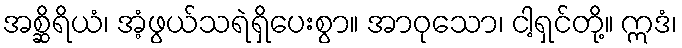
အစ္ဆိရိယံ၊ အံ့ဖွယ်သရဲရှိပေးစွာ။ အာဝုသော၊ ငါ့ရှင်တို့။ ဣဒံ၊